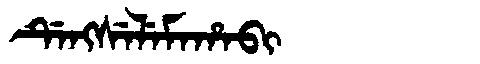
Manchu: ᡩᡝᠩᠰᡝᠯᡝᠮᠠᡥᠠᠪᡳ
Romanization: DENGSELEMAHABI